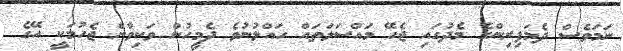
ނަމަވެސް ދެމަފިރިންގެ މެދުގައި ޖެހޭ މައްސަލަތައް ހައްލުނުވެ ދެމީހުން ވަކިވާން ޖެހުމަކީ އޭގެ